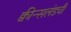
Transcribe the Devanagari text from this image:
क्वीन्सलंडची